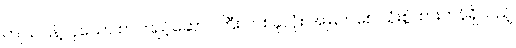
ကျယ်ပြန့်လှသော စာကြည့်ဆောင်ကြီး တစ်ခုလုံး အမြဲတစေ သုံးစွဲထားဟန်ရှိသည့်